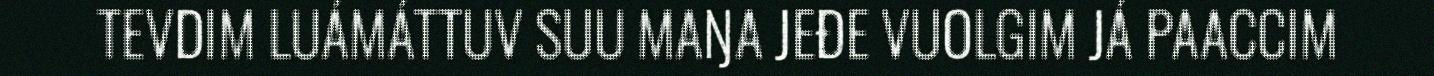
TEVDIM LUÁMÁTTUV SUU MAŊA JEĐE VUOLGIM JÁ PAACCIM